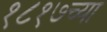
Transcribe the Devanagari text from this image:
१८१७च्या